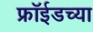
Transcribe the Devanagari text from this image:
फ्रॉईडच्या